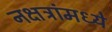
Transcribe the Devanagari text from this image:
नक्षत्रांमध्ये